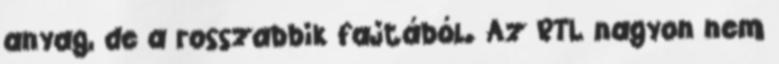
anyag, de a rosszabbik fajtából. Az RTL nagyon nem